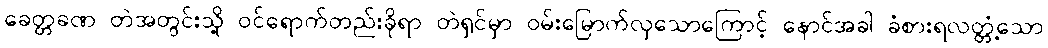
ခေတ္တခဏ တဲအတွင်းသို့ ဝင်ရောက်တည်းခိုရာ တဲရှင်မှာ ဝမ်းမြောက်လှသောကြောင့် နောင်အခါ ခံစားရလတ္တံ့သော